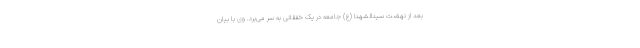
بعد از نهضت سیدالشهدا (ع) جامعه در یک خفقانی به سر می‌برد. وی با بیان